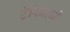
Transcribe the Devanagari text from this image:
टेरिबलने